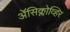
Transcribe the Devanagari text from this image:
ॲेसिक्लोव्हिर